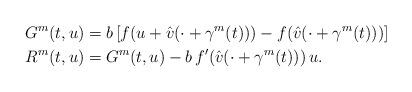
LaTeX: \begin{align*}{G}^m (t,u) &=b\left[ f(u+\hat{v}(\cdot +\gamma^m(t))) - f(\hat{v}(\cdot +\gamma^m(t)))\right]\\ {R}^m(t,u) &= {G}^m (t,u) -b \,f'(\hat{v}(\cdot+\gamma^m(t)))\, u.\end{align*}